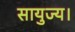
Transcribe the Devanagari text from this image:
सायुज्य।